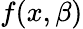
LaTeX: f(x,\beta)